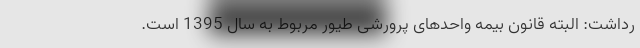
رداشت: البته قانون بیمه واحدهای پرورشی طیور مربوط به سال 1395 است.